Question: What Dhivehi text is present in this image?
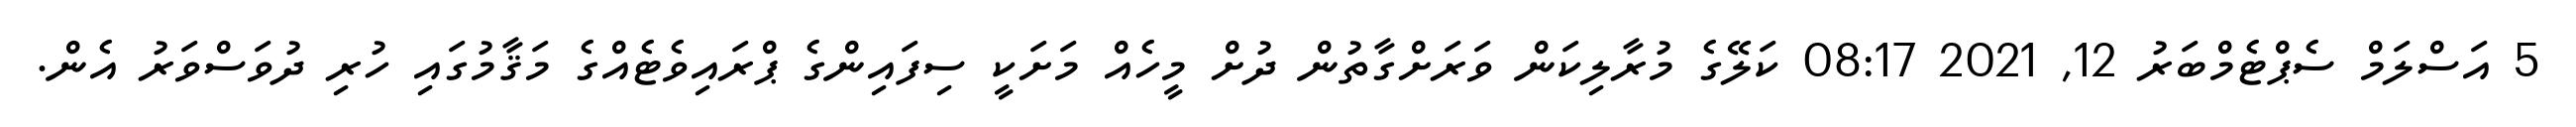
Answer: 5 އަސްލަމް ސެޕްޓެމްބަރު 12, 2021 08:17 ކަލޭގެ މުރާލިކަން ވަރަށްގާތުން ދުށް މީހެއް މަށަކީ ސިފައިންގެ ޕްރައިވެޓެއްގެ މަޤާމުގައި ހުރި ދުވަސްވަރު އެން.